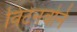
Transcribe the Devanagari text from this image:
विटेनबोर्न